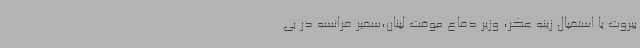
بیروت با استقبال زینه عکر، وزیر دفاع موقت لبنان،سفیر فرانسه در بی